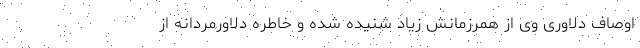
اوصاف دلاوری وی از همرزمانش زیاد شنیده شده و خاطره‌ دلاورمردانه از